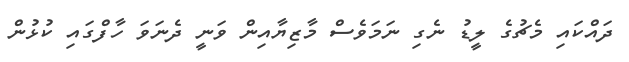
ދައްކައި މެޗުގެ ލީޑު ނެގި ނަމަވެސް މާޒިޔާއިން ވަނީ ދެނަވަ ހާފްގައި ކުޅުން